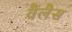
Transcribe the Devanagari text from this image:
वैलैस